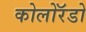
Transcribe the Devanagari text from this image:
कोलोरॅडो